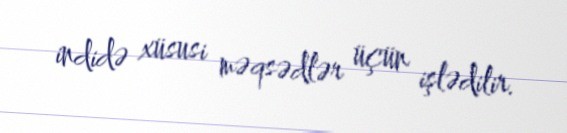
indidə xüsusi məqsədlər üçün işlədilir.